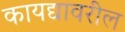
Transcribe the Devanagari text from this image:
कायद्यावरील